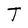
Character: T